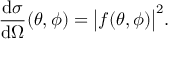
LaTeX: { \frac { \mathrm { d } \sigma } { \mathrm { d } \Omega } } ( \theta , \phi ) = { \bigl | } f ( \theta , \phi ) { \bigr | } ^ { 2 } .